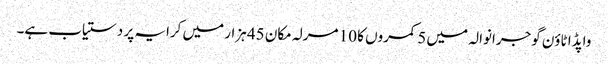
واپڈا ٹاؤن گوجرانوالہ میں 5 کمروں کا 10 مرلہ مکان 45 ہزار میں کرایہ پر دستیاب ہے۔